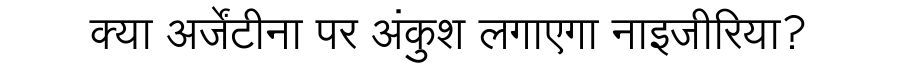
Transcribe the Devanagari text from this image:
क्या अर्जेंटीना पर अंकुश लगाएगा नाइजीरिया?